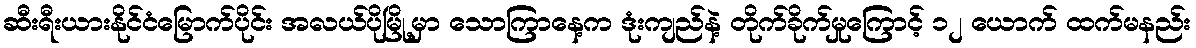
ဆီးရီးယားနိုင်ငံမြောက်ပိုင်း အလယ်ပိုမြို့မှာ သောကြာနေ့က ဒုံးကျည်နဲ့ တိုက်ခိုက်မှုကြောင့် ၁၂ ယောက် ထက်မနည်း